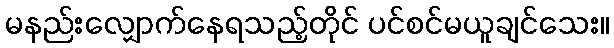
မနည်းလျှောက်နေရသည့်တိုင် ပင်စင်မယူချင်သေး။